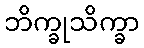
ဘိက္ခုသိက္ခာ